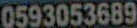
0593053689